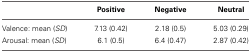
|  | Positive | Negative | Neutral |
 | --- | --- | --- | --- |
 | Valence: mean (SD) | 7.13 (0.42) | 2.18 (0.5) | 5.03 (0.29) |
 | Arousal: mean (SD) | 6.1 (0.5) | 6.4 (0.47) | 2.87 (0.42) |